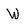
Character: W